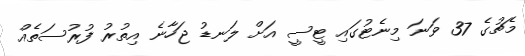
މެޗުގެ 37 ވަނަ މިނެޓުގައި ޓީސީ އަށް ލަނޑު ޖަހާނެ އިތުރު ފުރުސަތެއް